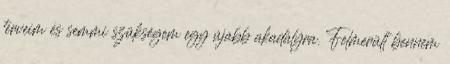
terveim és semmi szükségem egy újabb akadályra. Felmerült bennem